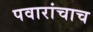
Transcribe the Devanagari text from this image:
पवारांचाच